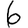
Digit: 6